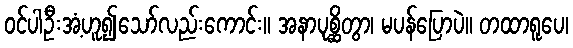
ဝင်ပါဦးအံ့ဟူ၍သော်လည်းကောင်း။ အနာပုစ္ဆိတွာ၊ မပန်ပြောပဲ။ တထာရူပေ၊